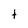
Character: t